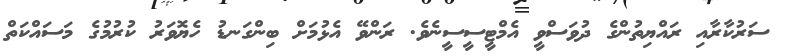
ސަރުކާރާއި ރައްޔިތުންގެ ދުވަސްވީ އެމްޓީސީސީނެވެ. ރަންވޭ އެޅުމަށް ބިންގަނޑު ހެޔޮވަރު ކުރުމުގެ މަސައްކަތް